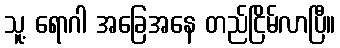
သူ့ ရောဂါ အခြေအနေ တည်ငြိမ်လာပြီ။